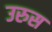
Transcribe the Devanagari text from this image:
उरुस